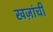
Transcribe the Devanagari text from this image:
खज़ांची